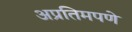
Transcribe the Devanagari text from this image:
अप्रतिमपणे